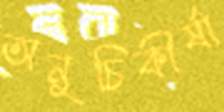
অনুচিকীর্ষা